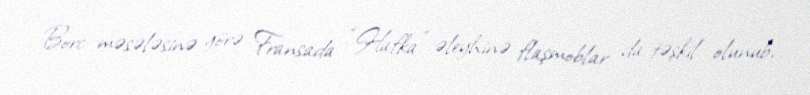
Borc məsələsinə görə Fransada “Hafka” əleyhinə flaşmoblar da təşkil olunub,